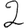
Digit: 2